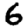
Digit: 6